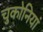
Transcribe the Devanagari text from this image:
चुकोनियां